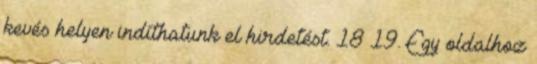
kevés helyen indíthatunk el hirdetést. 18 19. Egy oldalhoz